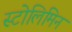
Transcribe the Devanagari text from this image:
स्टोलिमिन